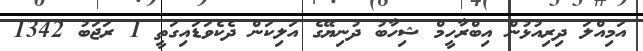
އަމިއްލަ ދިރިއުޅުން އިބްރާހީމް ޝިހާބު ދުނިޔޭގެ އަލިކަން ދެކެވަޑައިގަތީ 1 ރަޖަބު 1342